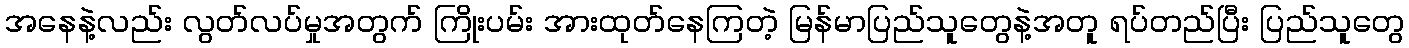
အနေနဲ့လည်း လွတ်လပ်မှုအတွက် ကြိုးပမ်း အားထုတ်နေကြတဲ့ မြန်မာပြည်သူတွေနဲ့အတူ ရပ်တည်ပြီး ပြည်သူတွေ